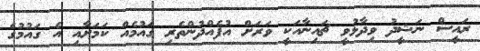
ރައީސް ނަޝީދު ވިދާޅުވީ ޗައިނާއަކީ ވަރަށް އުފެއްދުންތެރި ގައުމެއް ކަމަށާއި އެ ގައުމުގެ